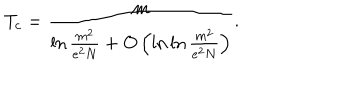
T _ { c } = \frac { m } { \ln \frac { m ^ { 2 } } { e ^ { 2 } N } + O \left( \ln \ln \frac { m ^ { 2 } } { e ^ { 2 } N } \right) } .